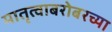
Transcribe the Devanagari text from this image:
मातृत्वाबरोबरच्या